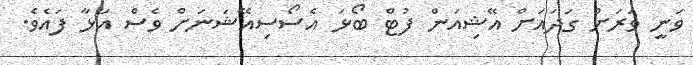
ވަނީ ވަރަށް ގަދައަށް އޭޝިއަން ފުޓް ބޯޅަ އެސޯސިއޭޝަނަށް ވެސް އަޅާ ފައެވެ.